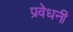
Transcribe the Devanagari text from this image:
प्रवेधनी